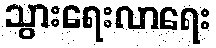
သွားရေးလာရေး